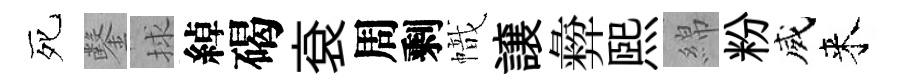
死鑿捄綽碣袞周剩幟譲彜煕綿粉威来